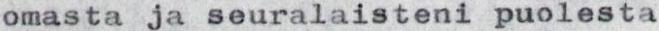
omasta ja seuralaisteni puolesta